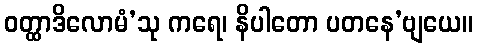
ဝတ္ထာဒိလောမံ’သု ကရေ၊ နိပါတော ပတနေ’ဗျယေ။